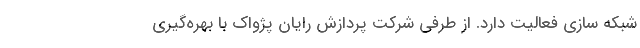
شبکه سازی فعالیت دارد. از طرفی شرکت پردازش رایان پژواک با بهره‌گیری